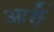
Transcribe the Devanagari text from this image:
आगैं